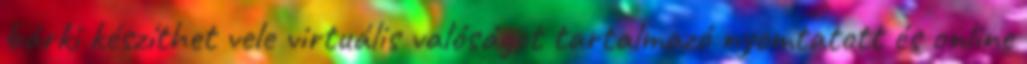
bárki készíthet vele virtuális valóságot tartalmazó nyomtatott és online